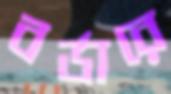
বর্ডারে